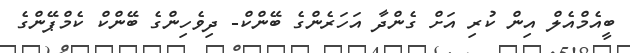
ބީއެމްއެލް އިން ކުރި އަށް ގެންދާ އަހަރެންގެ ބޭންކް- ދިވެހިންގެ ބޭންކް ކެމްޕޭންގެ